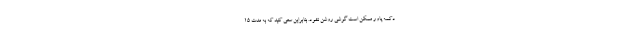
دکمه پاور ممکن است گوشی روشن نشود. بنابراین سعی کنید که به مدت ۱۵